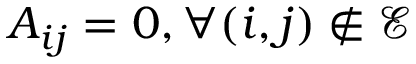
A _ { i j } = 0 , \forall ( i , j ) \notin \mathcal { E }